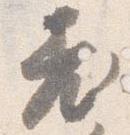
老